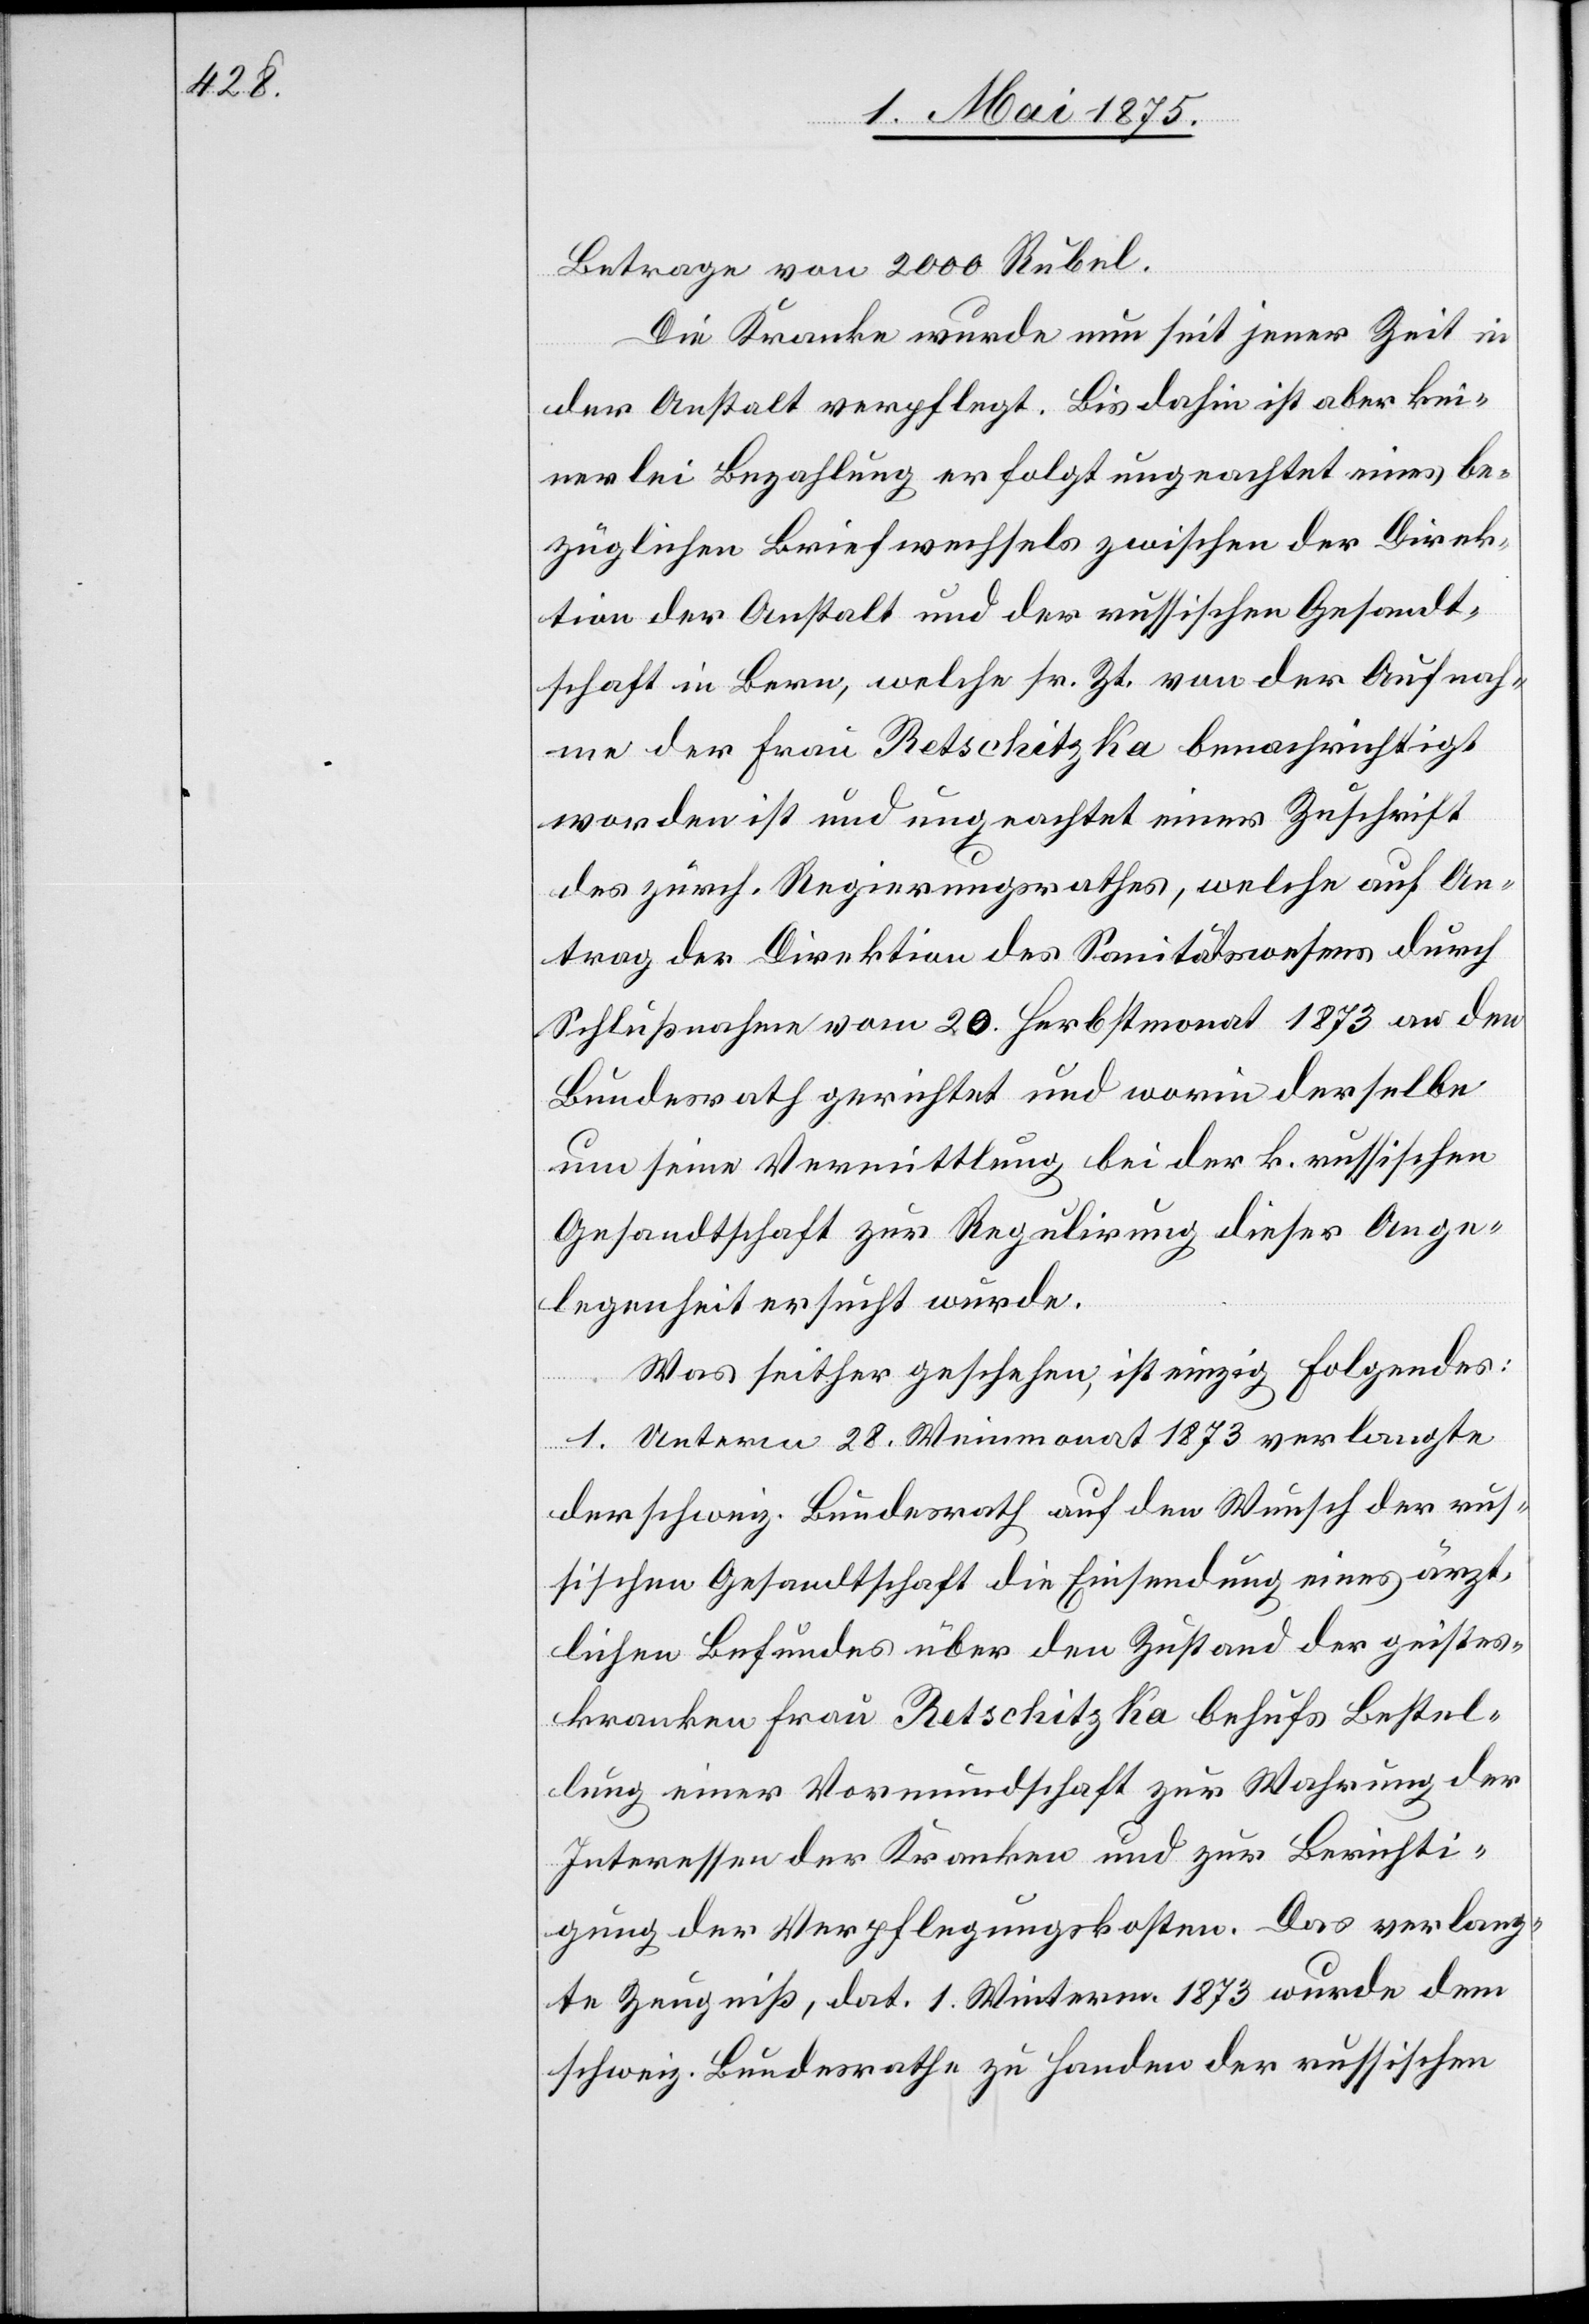
Betrage von 2000 Rubel.
Die Kranke wurde nun seit jener Zeit in
der Anstalt verpflegt. Bis dahin aber kei¬
nerlei Bezahlung erfolgt ungeachtet eines be¬
züglichen Briefwechsels zwischen der Direk¬
tion der Anstalt und der russischen Gesandt¬
schaft in Bern, welche sr. Zt. von der Aufnah¬
me der Frau Retschitzka benachrichtigt
worden ist und ungeachtet einer Zuschrift
des zürch. Regierungsrathes, welche auf An¬
trag der Direktion des Sanitätswesens durch
Schlußnahme vom 20. Herbstmonat 1873 an den
Bundesrath gerichtet und worin derselbe
um seine Vermittlung bei der k. russischen
Gesandtschaft zur Regulirung dieser Ange¬
legenheit ersucht wurde.
Was seither geschehen, ist einzig, Folgendes:
1. unterm 28. Weinmonat 1873 verlangte
der schweiz. Bundesrath auf den Wunsch der rus¬
sischen Gesandtschaft die Einsendung eines ärzt¬
lichen Befundes über den Zustand der geistes¬
kranken Frau Retschitzka behufs Bestel¬
lung einer Vormundschaft zur Wahrung der
Interessen der Kranken und zur Berichti¬
gung der Verpflegungskosten. Das verlang¬
te Zeugniß, dat. 1. Winterm. 1873 wurde dem
schweiz. Bundesrath zu Handen der russischen